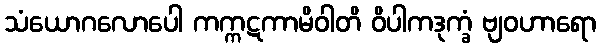
သံယောဂလောပေါ ကက္ကဋကာမိဝါတိ ဝိပါကဒုက္ခံ ဗျဝဟာရော